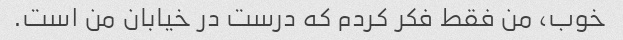
خوب، من فقط فکر کردم که درست در خیابان من است.